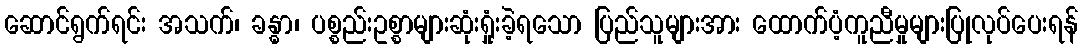
ဆောင်ရွက်ရင်း အသက်၊ ခန္ဓာ၊ ပစ္စည်းဥစ္စာများဆုံးရှုံးခဲ့ရသော ပြည်သူများအား ထောက်ပံ့ကူညီမှုများပြုလုပ်ပေးရန်